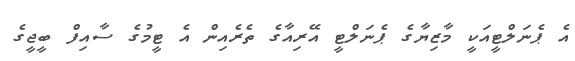
އެ ޕެނަލްޓީއަކީ މާޒިޔާގެ ޕެނަލްޓީ އޭރިއާގެ ތެރެއިން އެ ޓީމުގެ ސާއިފް ބީޖީގެ